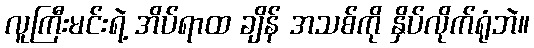
လူကြီးမင်းရဲ့ အိပ်ရာထ ချိန် အသစ်ကို နှိပ်လိုက်ရုံဘဲ။